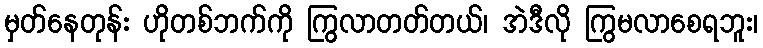
မှတ်နေတုန်း ဟိုတစ်ဘက်ကို ကြွလာတတ်တယ်၊ အဲဒီလို ကြွမလာစေရဘူး၊